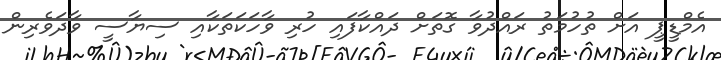
އެމްޑީޕީ އަށް ތުހުމަތު ރައްދުވާ ގޮތަށް ދައްކާފައި ހުރި ވާހަކަތަކާއި ސިޔާސީ ވާދަވެރިން